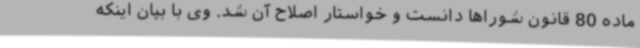
ماده 80 قانون شوراها دانست و خواستار اصلاح آن شد. وی با بیان اینکه